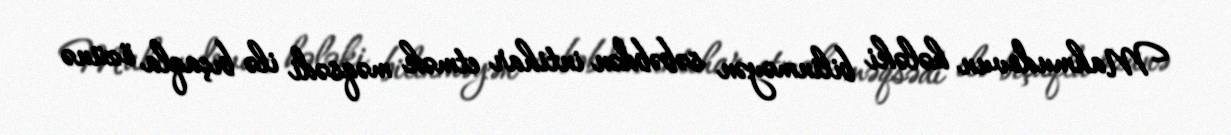
Mahmudovun hələki bilinməyən səbəbdən intihar etmək məqsədi ilə bıçaqla özünə